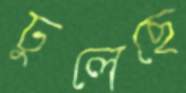
ঢুলেছে